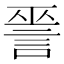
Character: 𧨈